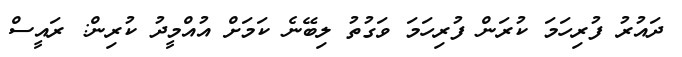
ދައުރު ފުރިހަމަ ކުރަން ފުރިހަމަ ވަގުތު ލިބޭނެ ކަމަށް އުއްމީދު ކުރިން: ރައީސް